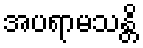
အပရာမသန္တိ